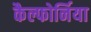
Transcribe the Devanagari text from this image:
कैल्फोर्निया